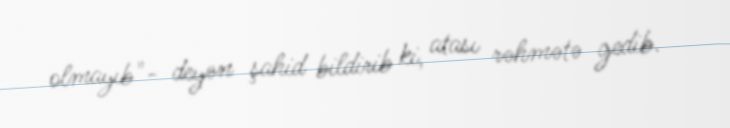
olmayıb"- deyən şahid bildirib ki, atası rəhmətə gedib.